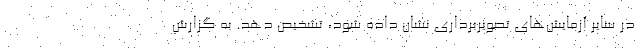
در سایر آزمایش‌های تصویربرداری نشان داده شود، تشخیص دهد. به گزارش